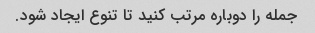
جمله را دوباره مرتب کنید تا تنوع ایجاد شود.